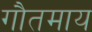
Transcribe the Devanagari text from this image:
गौतमाय